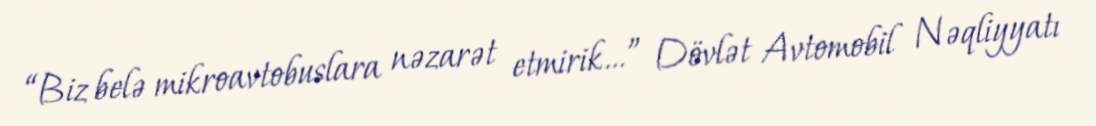
“Biz belə mikroavtobuslara nəzarət etmirik…” Dövlət Avtomobil Nəqliyyatı